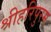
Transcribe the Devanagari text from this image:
श्रीहरिपुरम